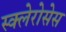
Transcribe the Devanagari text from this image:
स्क्लेरोसेस